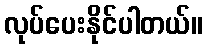
လုပ်ပေးနိုင်ပါတယ်။